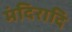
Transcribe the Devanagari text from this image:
मंदिरादि